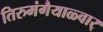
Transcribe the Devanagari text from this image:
तिरुमंगैयाळ्वार्